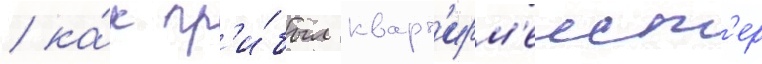
/ ка́к пр'и́был кварт'ирм'еист'ер